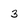
Character: 3